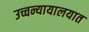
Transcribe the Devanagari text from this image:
उच्चन्यायालयात